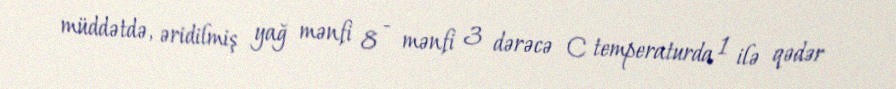
müddətdə, əridilmiş yağ mənfi 8 - mənfi 3 dərəcə C temperaturda 1 ilə qədər